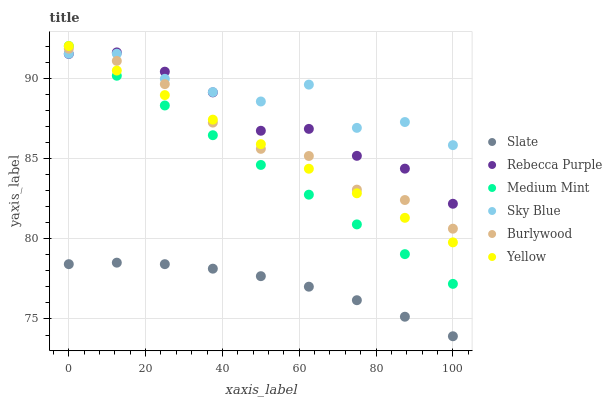
| xaxis_label | Slate | Rebecca Purple | Medium Mint | Sky Blue | Burlywood | Yellow |
 | --- | --- | --- | --- | --- | --- | --- |
 | 0 | 78.4 | 91.5 | 92 | 91.5 | 91.8 | 92 |
 | 12.5 | 78.5 | 91.6 | 90.1 | 91.5 | 91.1 | 90.5 |
 | 25 | 78.4 | 90.4 | 88.3 | 90 | 89.6 | 88.9 |
 | 37.5 | 78.1 | 89.1 | 86.4 | 89.1 | 87.2 | 87.4 |
 | 50 | 77.7 | 86.7 | 84.6 | 88.5 | 85.6 | 85.9 |
 | 62.5 | 77 | 86.8 | 82.7 | 89.6 | 85.2 | 84.4 |
 | 75 | 76.2 | 85.2 | 80.9 | 86.9 | 83.1 | 82.8 |
 | 87.5 | 75.1 | 84.4 | 79 | 87.3 | 82.4 | 81.3 |
 | 100 | 73.9 | 82.2 | 77.2 | 85.8 | 80.6 | 79.8 |